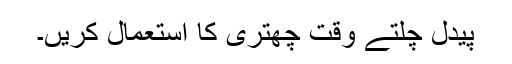
پیدل چلتے وقت چھتری کا استعمال کریں۔